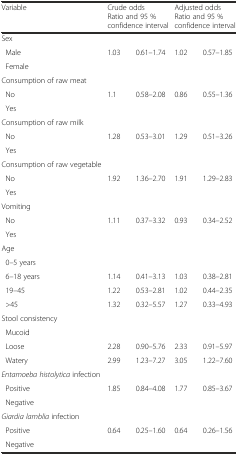
<table><thead><tr><td><b>Variable</b></td><td colspan="2"><b>Crude odds Ratio and 95 % confidence interval</b></td><td colspan="2"><b>Adjusted odds Ratio and 95 % confidence interval</b></td></tr></thead><tbody><tr><td>Sex</td><td></td><td></td><td></td><td></td></tr><tr><td> Male</td><td>1.03</td><td>0.61–1.74</td><td>1.02</td><td>0.57–1.85</td></tr><tr><td> Female</td><td></td><td></td><td></td><td></td></tr><tr><td>Consumption of raw meat</td><td></td><td></td><td></td><td></td></tr><tr><td> No</td><td>1.1</td><td>0.58–2.08</td><td>0.86</td><td>0.55–1.36</td></tr><tr><td> Yes</td><td></td><td></td><td></td><td></td></tr><tr><td>Consumption of raw milk</td><td></td><td></td><td></td><td></td></tr><tr><td> No</td><td>1.28</td><td>0.53–3.01</td><td>1.29</td><td>0.51–3.26</td></tr><tr><td> Yes</td><td></td><td></td><td></td><td></td></tr><tr><td>Consumption of raw vegetable</td><td></td><td></td><td></td><td></td></tr><tr><td> No</td><td>1.92</td><td>1.36–2.70</td><td>1.91</td><td>1.29–2.83</td></tr><tr><td> Yes</td><td></td><td></td><td></td><td></td></tr><tr><td>Vomiting</td><td></td><td></td><td></td><td></td></tr><tr><td> No</td><td>1.11</td><td>0.37–3.32</td><td>0.93</td><td>0.34–2.52</td></tr><tr><td> Yes</td><td></td><td></td><td></td><td></td></tr><tr><td>Age</td><td></td><td></td><td></td><td></td></tr><tr><td> 0–5 years</td><td></td><td></td><td></td><td></td></tr><tr><td> 6–18 years</td><td>1.14</td><td>0.41–3.13</td><td>1.03</td><td>0.38–2.81</td></tr><tr><td> 19–45</td><td>1.22</td><td>0.53–2.81</td><td>1.02</td><td>0.44–2.35</td></tr><tr><td> &gt;45</td><td>1.32</td><td>0.32–5.57</td><td>1.27</td><td>0.33–4.93</td></tr><tr><td>Stool consistency</td><td></td><td></td><td></td><td></td></tr><tr><td> Mucoid</td><td></td><td></td><td></td><td></td></tr><tr><td> Loose</td><td>2.28</td><td>0.90–5.76</td><td>2.33</td><td>0.91–5.97</td></tr><tr><td> Watery</td><td>2.99</td><td>1.23–7.27</td><td>3.05</td><td>1.22–7.60</td></tr><tr><td><i>Entamoeba histolytica</i> infection</td><td></td><td></td><td></td><td></td></tr><tr><td> Positive</td><td>1.85</td><td>0.84–4.08</td><td>1.77</td><td>0.85–3.67</td></tr><tr><td> Negative</td><td></td><td></td><td></td><td></td></tr><tr><td><i>Giardia lamblia</i> infection</td><td></td><td></td><td></td><td></td></tr><tr><td> Positive</td><td>0.64</td><td>0.25–1.60</td><td>0.64</td><td>0.26–1.56</td></tr><tr><td> Negative</td><td></td><td></td><td></td><td></td></tr></tbody></table>